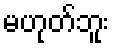
မဟုတ်ဘူး